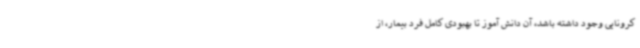
کرونایی وجود داشته باشد، آن دانش آموز تا بهبودی کامل فرد بیمار، از